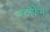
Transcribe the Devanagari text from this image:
स्टॉफेन